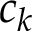
c _ { k }